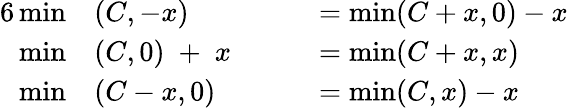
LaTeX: {\begin{array}{rlrl}{{6}\operatorname*{min}}&{(C,-x)}&&{=\operatorname*{min}(C+x,0)-x}\\ {\operatorname*{min}}&{(C,0)\; +\; x\; \; \; \; }&&{=\operatorname*{min}(C+x,x)}\\ {\operatorname*{min}}&{(C-x,0)}&&{=\operatorname*{min}(C,x)-x}\end{array}}